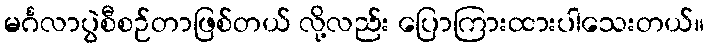
မင်္ဂလာပွဲစီစဉ်တာဖြစ်တယ် လို့လည်း ပြောကြားထားပါသေးတယ်။